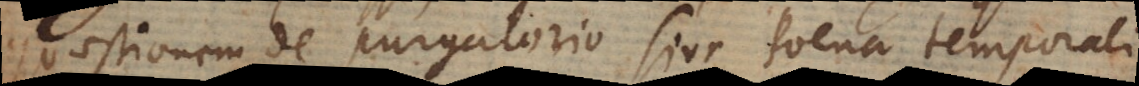
quaestionem de purgatorio sive poena temporali